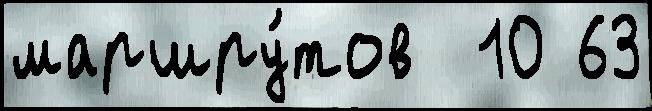
маршру́тов  10 63